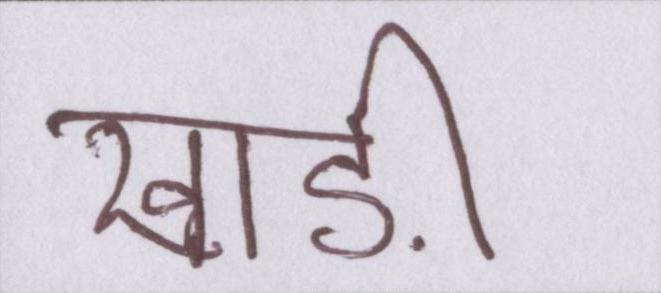
खाड़ी